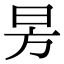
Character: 昘